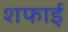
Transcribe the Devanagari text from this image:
शफाई